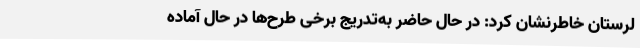
لرستان خاطرنشان کرد: در حال حاضر به‌تدریج برخی طرح‌ها در حال آماده